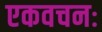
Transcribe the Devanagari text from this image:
एकवचनः